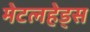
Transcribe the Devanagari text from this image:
मेटलहेड्स